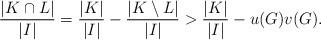
LaTeX: \begin{align*}\frac{|K\cap L|}{|I|}=\frac{|K|}{|I|}-\frac{|K\setminus L|}{|I|}>\frac{|K|}{|I|}-u(G)v(G).\end{align*}